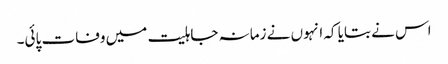
اس نے بتایا کہ انہوں نے زمانہ جاہلیت میں وفات پائی۔